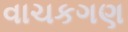
વાચકગણ